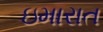
ઇમારાત